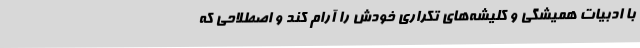
با ادبیات همیشگی و کلیشه‌های تکراری خودش را آرام کند و اصطلاحی که